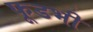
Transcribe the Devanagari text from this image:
फूडभी